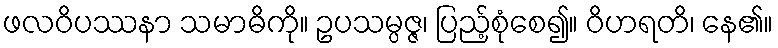
ဖလဝိပဿနာ သမာဓိကို။ ဥပသမ္ပဇ္ဇ၊ ပြည့်စုံစေ၍။ ဝိဟရတိ၊ နေ၏။